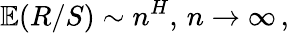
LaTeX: \mathbb{E}(R/S)\sim n^{H},\, n\rightarrow\infty\, ,